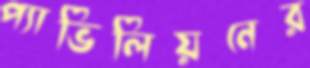
প্যাভিলিয়নের